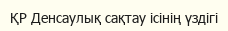
ҚР Денсаулық сақтау ісінің үздігі